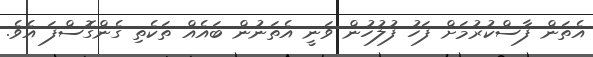
އެތަން ފާސްކުރުމަށް ފަހު ފުލުހުން ވަނީ އެތަނުން ބައެއް ތަކެތި ގެންގޮސްފަ އެވެ.